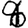
Digit: 6